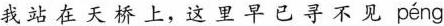
我站在天桥上，这里早已寻不见 péng